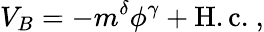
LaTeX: V_{B}=-m^{\delta}\phi^{\gamma}+\mathrm{H.c.}\ ,